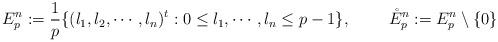
LaTeX: \begin{align*}E_p^n:=\frac{1}{p}\{(l_1,l_2,\cdots,l_n)^t:0\leq l_1,\cdots,l_n\leq p-1\}, \ \ \ \ \ \ \ \mathring{E}_p^n:=E_p^n\setminus\{0\}\end{align*}